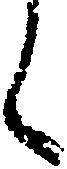
く